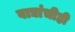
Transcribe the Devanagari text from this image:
वाद्यांचीही